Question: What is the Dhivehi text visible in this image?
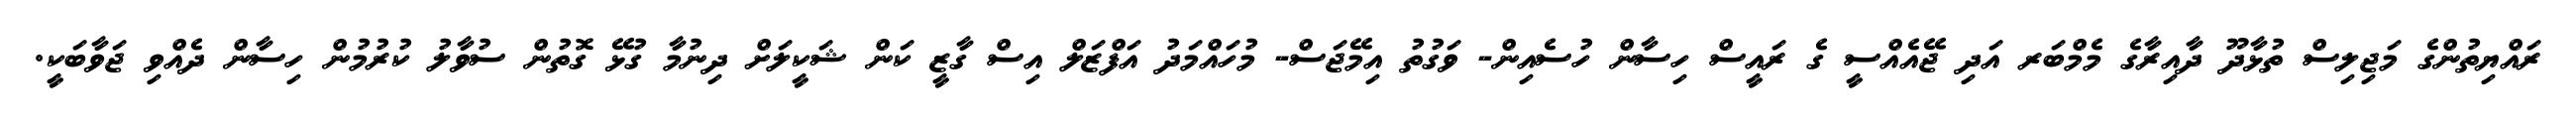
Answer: ރައްޔިތުންގެ މަޖިލިސް ތުޅާދޫ ދާއިރާގެ މެމްބަރ އަދި ޖޭއެއްސީ ގެ ރައީސް ހިސާން ހުސެއިން- ވަގުތު އިމޭޖަސް- މުހައްމަދު އަފްޒަލް އިސް ގާޒީ ކަން ޝަކީލަށް ދިނުމާ ގުޅޭ ގޮތުން ސުވާލު ކުރުމުން ހިސާން ދެއްވި ޖަވާބަކީ.